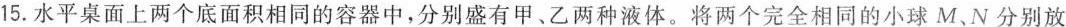
15.水平桌面上两个底面积相同的容器中，分别盛有甲、乙两种液体。将两个完全相同的小球M、N分别放